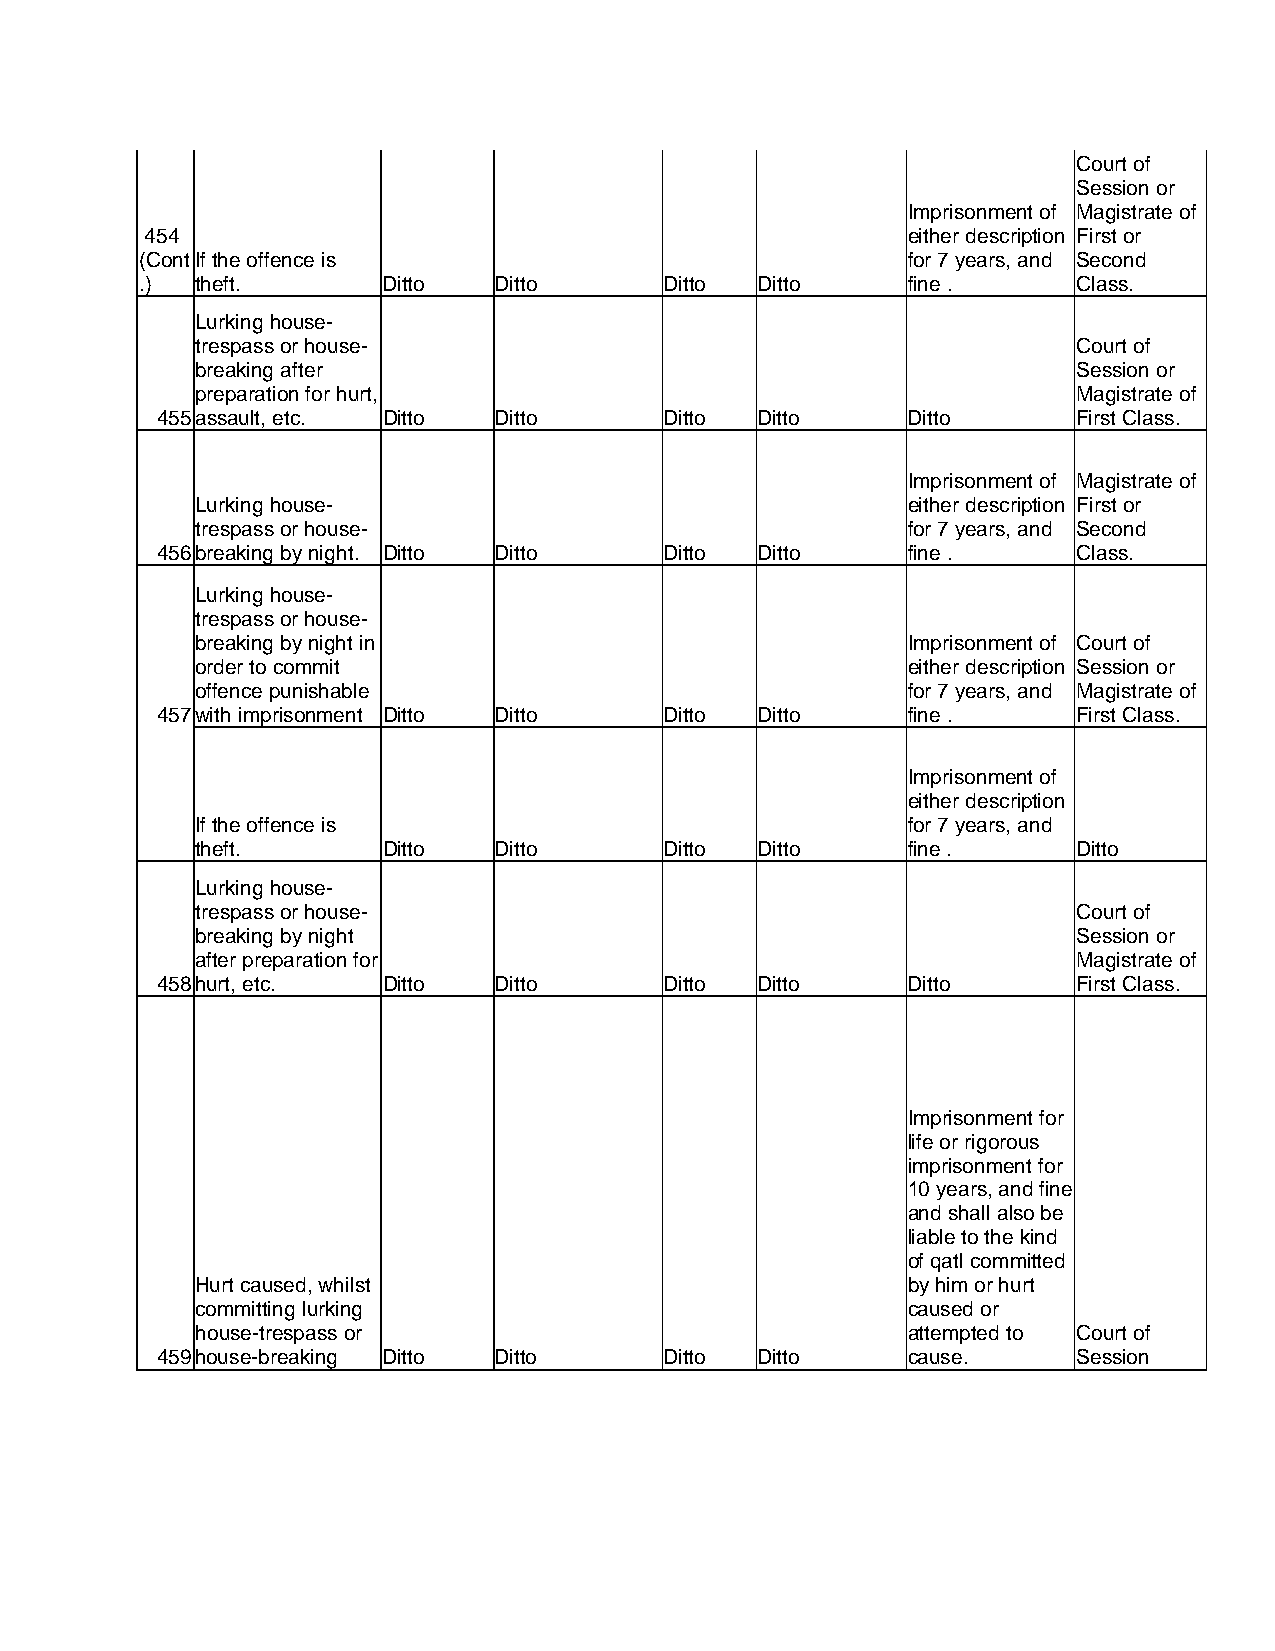
Court of
 Session or
 Imprisonment of Magistrate of
 454                                               either description First or
 (ContIf the offence is                             for 7 years, and Second
 .)  theft.      Ditto   Ditto      Ditto Ditto     fine .     Class.
 Lurking house-
 trespass or house-                                        Court of
 breaking after                                            Session or
 preparation for hurt,                                     Magistrate of
 455 assault, etc. Ditto Ditto     Ditto Ditto     Ditto      First Class.
 Imprisonment of Magistrate of
 Lurking house-                                 either description First or
 trespass or house-                             for 7 years, and Second
 456 breaking by night. Ditto Ditto Ditto Ditto    fine .     Class.
 Lurking house-
 trespass or house-
 breaking by night in                           Imprisonment of Court of
 order to commit                                either description Session or
 offence punishable                             for 7 years, and Magistrate of
 457 with imprisonment Ditto Ditto Ditto Ditto     fine .     First Class.
 Imprisonment of
 either description
 If the offence is                              for 7 years, and
 theft.      Ditto   Ditto      Ditto Ditto     fine .     Ditto
 Lurking house-
 trespass or house-                                        Court of
 breaking by night                                         Session or
 after preparation for                                     Magistrate of
 458 hurt, etc. Ditto   Ditto      Ditto Ditto     Ditto      First Class.
 Imprisonment for
 life or rigorous
 imprisonment for
 10 years, and fine
 and shall also be
 liable to the kind
 of qatl committed
 Hurt caused, whilst                            by him or hurt
 committing lurking                             caused or
 house-trespass or                              attempted to Court of
 459 house-breaking Ditto Ditto    Ditto Ditto     cause.     Session